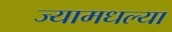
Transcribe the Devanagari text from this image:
ज्यामधल्या